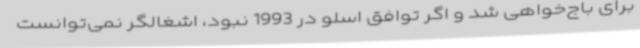
برای باج‌خواهی شد و اگر توافق اسلو در 1993 نبود، اشغالگر نمی‌توانست